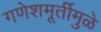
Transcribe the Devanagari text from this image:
गणेशमूर्तीमुळे